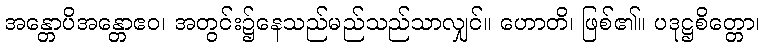
အန္တောပိအန္တောဧဝ၊ အတွင်း၌နေသည်မည်သည်သာလျှင်။ ဟောတိ၊ ဖြစ်၏။ ပဒုဋ္ဌစိတ္တော၊